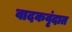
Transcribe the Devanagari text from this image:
वादकवृंदात